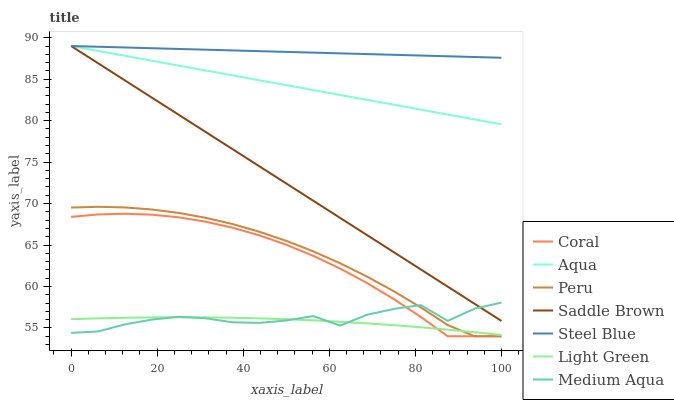
| xaxis_label | Coral | Aqua | Peru | Saddle Brown | Steel Blue | Light Green | Medium Aqua |
 | --- | --- | --- | --- | --- | --- | --- | --- |
 | 0 | 68.4 | 89 | 69.5 | 89 | 89 | 56.1 | 54.4 |
 | 6.25 | 68.7 | 88.4 | 69.6 | 86.9 | 88.9 | 56.2 | 54.6 |
 | 12.5 | 68.8 | 87.8 | 69.5 | 84.9 | 88.8 | 56.2 | 55.4 |
 | 18.8 | 68.7 | 87.2 | 69.3 | 82.8 | 88.7 | 56.3 | 56 |
 | 25 | 68.3 | 86.6 | 68.9 | 80.7 | 88.6 | 56.3 | 56.4 |
 | 31.2 | 67.8 | 86 | 68.3 | 78.6 | 88.6 | 56.3 | 56.2 |
 | 37.5 | 67.1 | 85.5 | 67.5 | 76.6 | 88.5 | 56.2 | 55.7 |
 | 43.8 | 66.2 | 84.9 | 66.6 | 74.5 | 88.4 | 56.2 | 55.6 |
 | 50 | 65 | 84.3 | 65.5 | 72.4 | 88.3 | 56.1 | 55.9 |
 | 56.2 | 63.7 | 83.7 | 64.2 | 70.3 | 88.2 | 55.9 | 56.4 |
 | 62.5 | 62.2 | 83.1 | 62.8 | 68.3 | 88.1 | 55.8 | 55.3 |
 | 68.8 | 60.4 | 82.5 | 61.2 | 66.2 | 88 | 55.6 | 56.6 |
 | 75 | 58.5 | 81.9 | 59.4 | 64.1 | 87.9 | 55.3 | 57.3 |
 | 81.2 | 56.3 | 81.3 | 57.5 | 62.1 | 87.8 | 55.1 | 57.8 |
 | 87.5 | 54 | 80.7 | 55.4 | 60 | 87.8 | 54.8 | 55.9 |
 | 93.8 | 54 | 80.1 | 54 | 57.9 | 87.7 | 54.5 | 57.3 |
 | 100 | 54 | 79.6 | 54 | 55.8 | 87.6 | 54.1 | 58.1 |